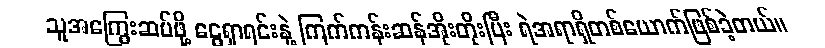
သူအကြွေးဆပ်ဖို့ ငွေရှာရင်းနဲ့ ကြက်ကန်းဆန်အိုးတိုးပြီး ရဲအရာရှိတစ်ယောက်ဖြစ်ခဲ့တယ်။